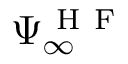
\Psi _ { \infty } ^ { \mathrm { ~ H ~ F ~ } }